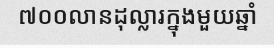
៧០០លានដុល្លារក្នុងមួយឆ្នាំ